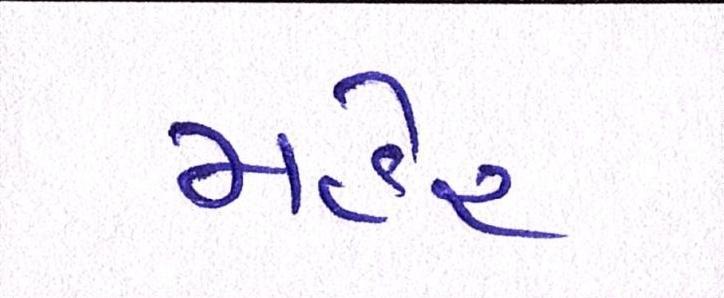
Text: મહેર